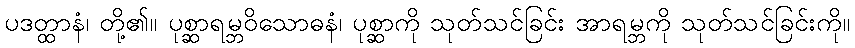
ပဒတ္ထာနံ၊ တို့၏။ ပုစ္ဆာရမ္ဘဝိသောဓနံ၊ ပုစ္ဆာကို သုတ်သင်ခြင်း အာရမ္ဘကို သုတ်သင်ခြင်းကို။